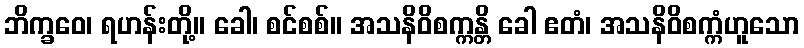
ဘိက္ခဝေ၊ ရဟန်းတို့။ ခေါ၊ စင်စစ်။ အသနိဝိစက္ကန္တိ ခေါ ဧတံ၊ အသနိဝိစက္ကံဟူသော